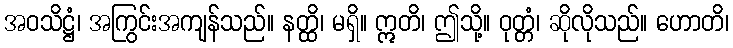
အဝသိဋ္ဌံ၊ အကြွင်းအကျန်သည်။ နတ္ထိ၊ မရှိ။ ဣတိ၊ ဤသို့။ ဝုတ္တံ၊ ဆိုလိုသည်။ ဟောတိ၊